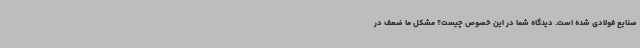
صنایع فولادی شده است. دیدگاه شما در این خصوص چیست؟ مشکل ما ضعف در